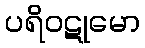
ပရိဝဋုမော